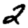
Digit: 2